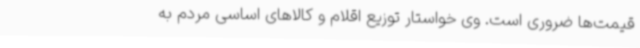
قیمت‌ها ضروری است. وی خواستار توزیع اقلام و کالاهای اساسی مردم به